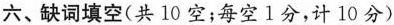
六、缺词填空(共 10 空;每空1分,计 10 分)